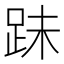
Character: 跊